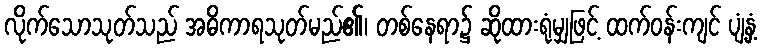
လိုက်သောသုတ်သည် အဓိကာရသုတ်မည်၏၊ တစ်နေရာ၌ ဆိုထားရုံမျှဖြင့် ထက်ဝန်းကျင် ပျံ့နှံ့